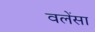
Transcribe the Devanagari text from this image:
वलेंसा